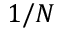
1 / N